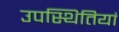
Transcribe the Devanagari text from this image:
उपस्थितियां